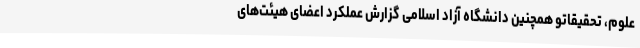
علوم، تحقیقاتو همچنین دانشگاه آزاد اسلامی گزارش عملکرد اعضای هیئت‌های